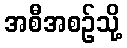
အစီအစဉ်သို့